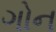
ગોન